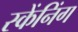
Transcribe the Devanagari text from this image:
स्केंनिंग